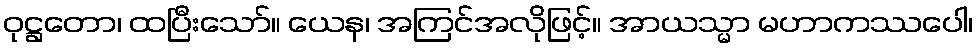
ဝုဋ္ဌတော၊ ထပြီးသော်။ ယေန၊ အကြင်အလိုဖြင့်။ အာယသ္မာ မဟာကဿပေါ၊